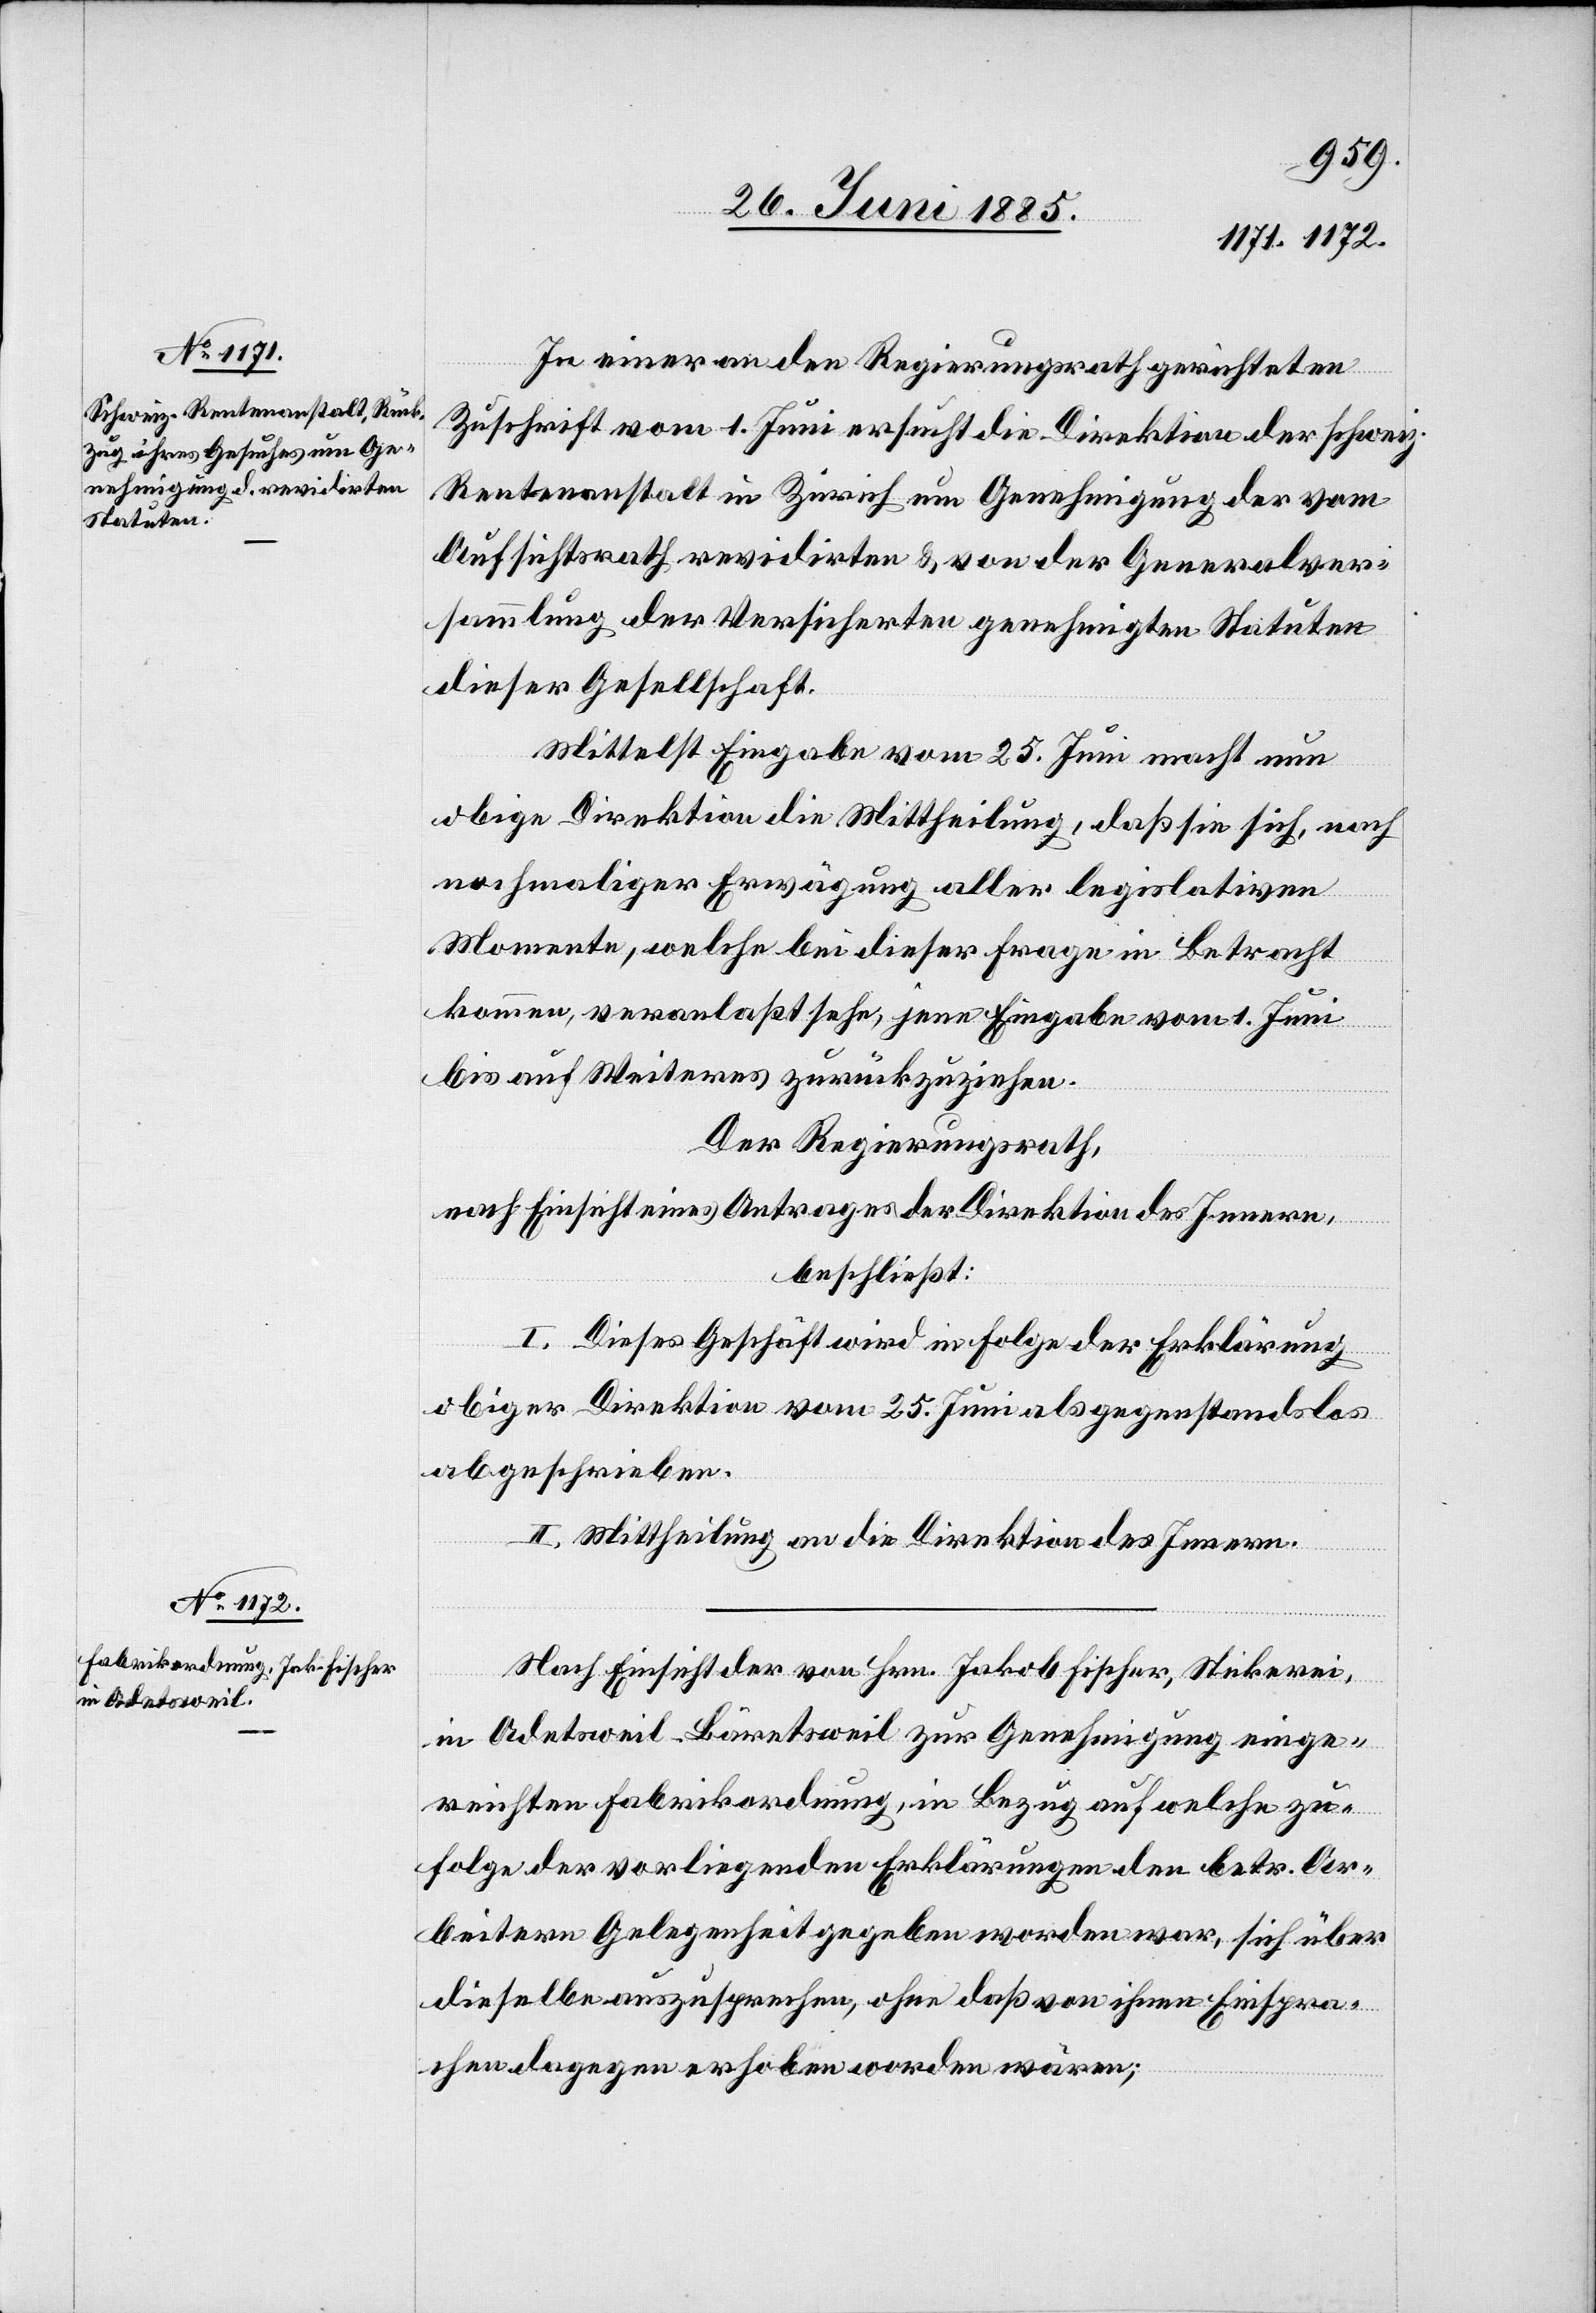
In einer an den Regierungsrath gerichteten
Zuschrift vom 1. Juni ersucht die Direktion der Schweiz.
Rentenanstalt in Zürich um Genehmigung der vom
Aufsichtsrath revidirten & von der Generalver¬
sammlung der Versicherten genehmigten Stauten
dieser Gesellschaft.
Mittelst Eingabe vom 25. Juni macht nun
obige Direktion die Mittheilung, daß sie sich, nach
nochmaliger Erwägung aller legislativen
Momente, welche bei dieser Frage in Betracht
kommen, veranlaßt sehe, jene Eingabe vom 1. Juni
bis auf Weiteres zurückzuziehen.
Der Regierungsrath,
nach Einsicht eines Antrages der Direktion des Innern,
beschließt:
I. Dieses Geschäft wird in Folge der Erklärung
obiger Direktion vom 25. Juni als gegenstandslos
abgeschrieben.
II. Mittheilung an die Direktion des Innern.
Nach Einsicht der von Hrn. Jakob Fischer, Stickerei,
in Adetsweil - Bäretsweil zur Genehmigung einge¬
reichten Fabrikordnung, in Bezug auf welche zu¬
folge der vorliegenden Erklärungen den betr. Ar¬
beitern Gelegenheit gegeben worden war, sich über
dieselbe auszusprechen, ohne daß von ihnen Einspra¬
chen dagegen erhoben worden wären;